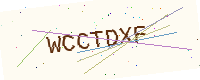
Text: WCCTDXF